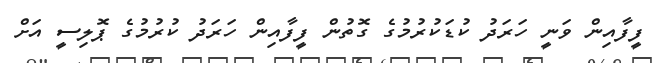
ފީފާއިން ވަނީ ހަރަދު ކުޑަކުރުމުގެ ގޮތުން ފީފާއިން ހަރަދު ކުރުމުގެ ޕޮލިސީ އަށް